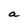
Character: a